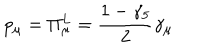
p _ { \mu } = \Pi _ { \mu } ^ { L } = \frac { 1 - \gamma _ { 5 } } { 2 } \gamma _ { \mu }